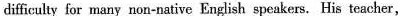
difficulty for many non-native English speakers. His teacher，